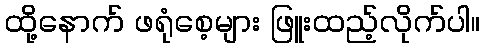
ထို့နောက် ဖရုံစေ့များ ဖြူးထည့်လိုက်ပါ။